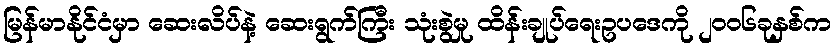
မြန်မာနိုင်ငံမှာ ဆေးလိပ်နဲ့ ဆေးရွက်ကြီး သုံးစွဲမှု ထိန်းချုပ်ရေးဥပဒေကို ၂၀၀၆ခုနှစ်က